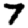
Digit: 7